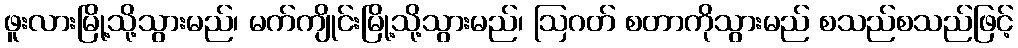
ဖူးလားမြို့သို့သွားမည်၊ မက်ကျိုင်းမြို့သို့သွားမည်၊ ဩဂတ် စတာကိုသွားမည် စသည်စသည်ဖြင့်